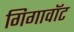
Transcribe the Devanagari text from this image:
गिगावॉट